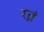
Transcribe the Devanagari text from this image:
रत्नं